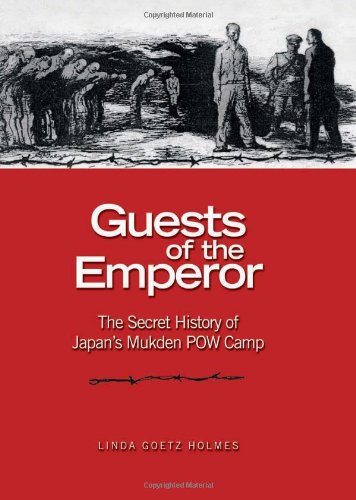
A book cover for Guests of the Emperor: The Secret History of Japan's Mukden POW Camp; Linda Goetz Holmes; History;